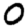
Digit: 0